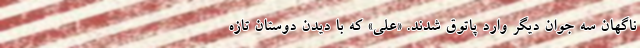
ناگهان سه جوان دیگر وارد پاتوق شدند. «علی» که با دیدن دوستان تازه